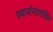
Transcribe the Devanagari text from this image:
स्वर्णपत्रमंडित